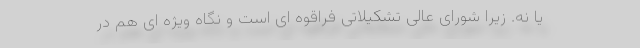
یا نه. زیرا شورای عالی تشکیلاتی فراقوه ای است و نگاه ویژه ای هم در